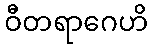
ဝီတရာဂေဟိ